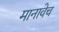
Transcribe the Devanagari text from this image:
मानावेच